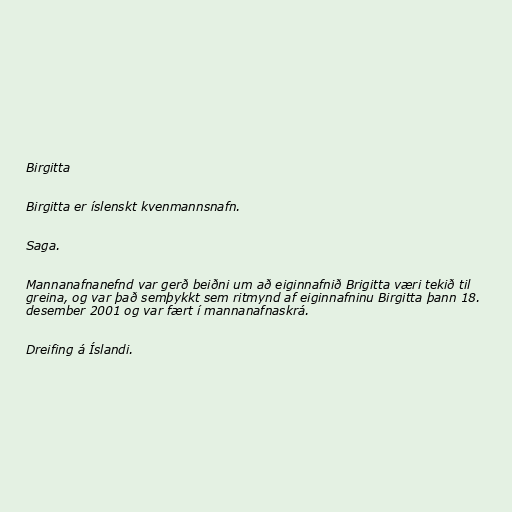
Birgitta

Birgitta er íslenskt kvenmannsnafn.

Saga.

Mannanafnanefnd var gerð beiðni um að eiginnafnið Brigitta væri tekið til
greina, og var það semþykkt sem ritmynd af eiginnafninu Birgitta þann 18.
desember 2001 og var fært í mannanafnaskrá.

Dreifing á Íslandi.